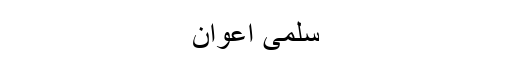
سلمیٰ اعوان